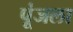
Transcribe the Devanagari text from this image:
पूंजला